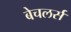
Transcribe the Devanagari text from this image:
बेचलर्स